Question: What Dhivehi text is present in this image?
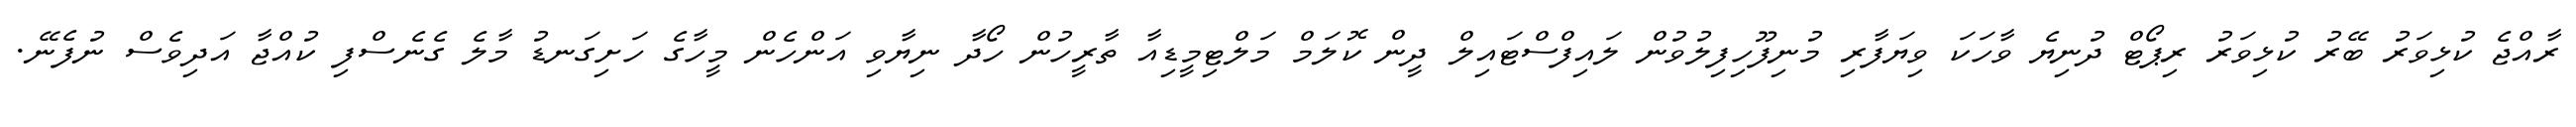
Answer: ރާއްޖެ ކުޅިވަރު ބޭރު ކުޅިވަރު ރިޕޯޓް ދުނިޔެ ވާހަކަ ވިޔަފާރި މުނިފޫހިފިލުވުން ލައިފްސްޓައިލް ދީން ކޮލަމް މަލްޓިމީޑިއާ ތާރީހުން ހޯދާ ނިޔާވި އަންހެން މީހާގެ ހަށިގަނޑު މާލެ ގެނެސްފި ކުއްޖާ އަދިވެސް ނުފެނޭ.